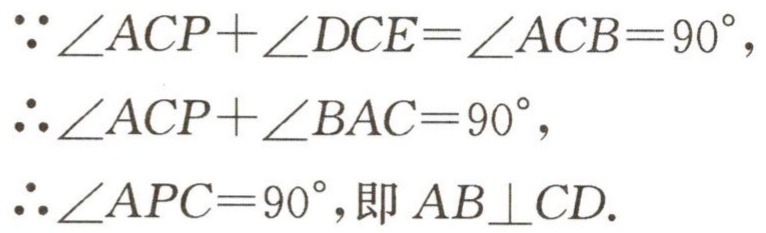
\(\because \angle ACP+\angle DCE=\angle ACB = 90^{\circ},\)
\(\therefore \angle ACP+\angle BAC = 90^{\circ},\)
\(\therefore \angle APC = 90^{\circ},\)即 \(AB\perp CD.\)